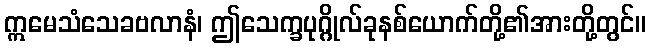
ဣမေသံသေခဗလာနံ၊ ဤသေက္ခပုဂ္ဂိုလ်ခုနစ်ယောက်တို့၏အားတို့တွင်။